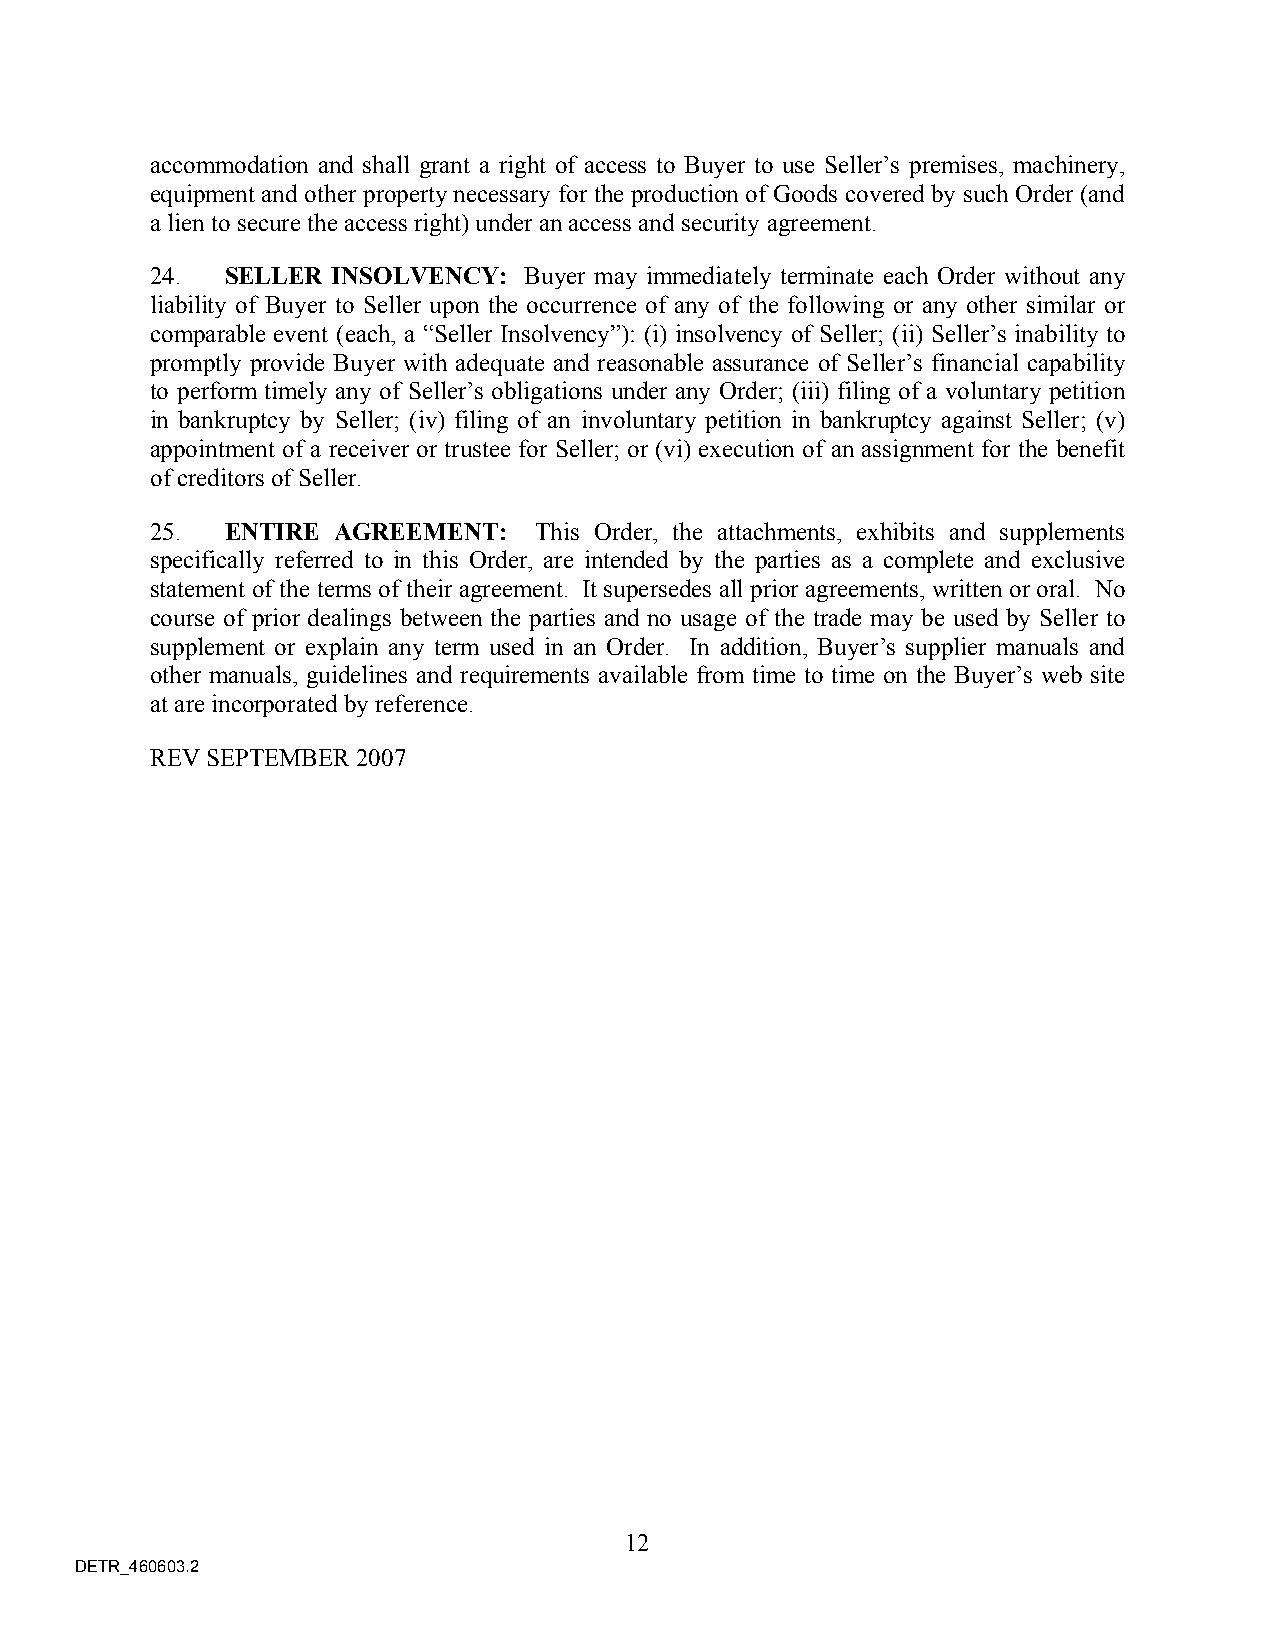
accommodation and shall grant a right of access to Buyer to use Seller’s premises, machinery,
 equipment and other property necessary for the production of Goods covered by such Order (and
 a lien to secure the access right) under an access and security agreement.
 24.  SELLER INSOLVENCY:  Buyer may immediately terminate each Order without any
 liability of Buyer to Seller upon the occurrence of any of the following or any other similar or
 comparable event (each, a “Seller Insolvency”): (i) insolvency of Seller; (ii) Seller’s inability to
 promptly provide Buyer with adequate and reasonable assurance of Seller’s financial capability
 to perform timely any of Seller’s obligations under any Order; (iii) filing of a voluntary petition
 in bankruptcy by Seller; (iv) filing of an involuntary petition in bankruptcy against Seller; (v)
 appointment of a receiver or trustee for Seller; or (vi) execution of an assignment for the benefit
 of creditors of Seller.
 25.  ENTIRE AGREEMENT:   This Order, the attachments, exhibits and supplements
 specifically referred to in this Order, are intended by the parties as a complete and exclusive
 statement of the terms of their agreement. It supersedes all prior agreements, written or oral. No
 course of prior dealings between the parties and no usage of the trade may be used by Seller to
 supplement or explain any term used in an Order. In addition, Buyer’s supplier manuals and
 other manuals, guidelines and requirements available from time to time on the Buyer’s web site
 at are incorporated by reference.
 REV SEPTEMBER 2007
 12
 DETR_460603.2